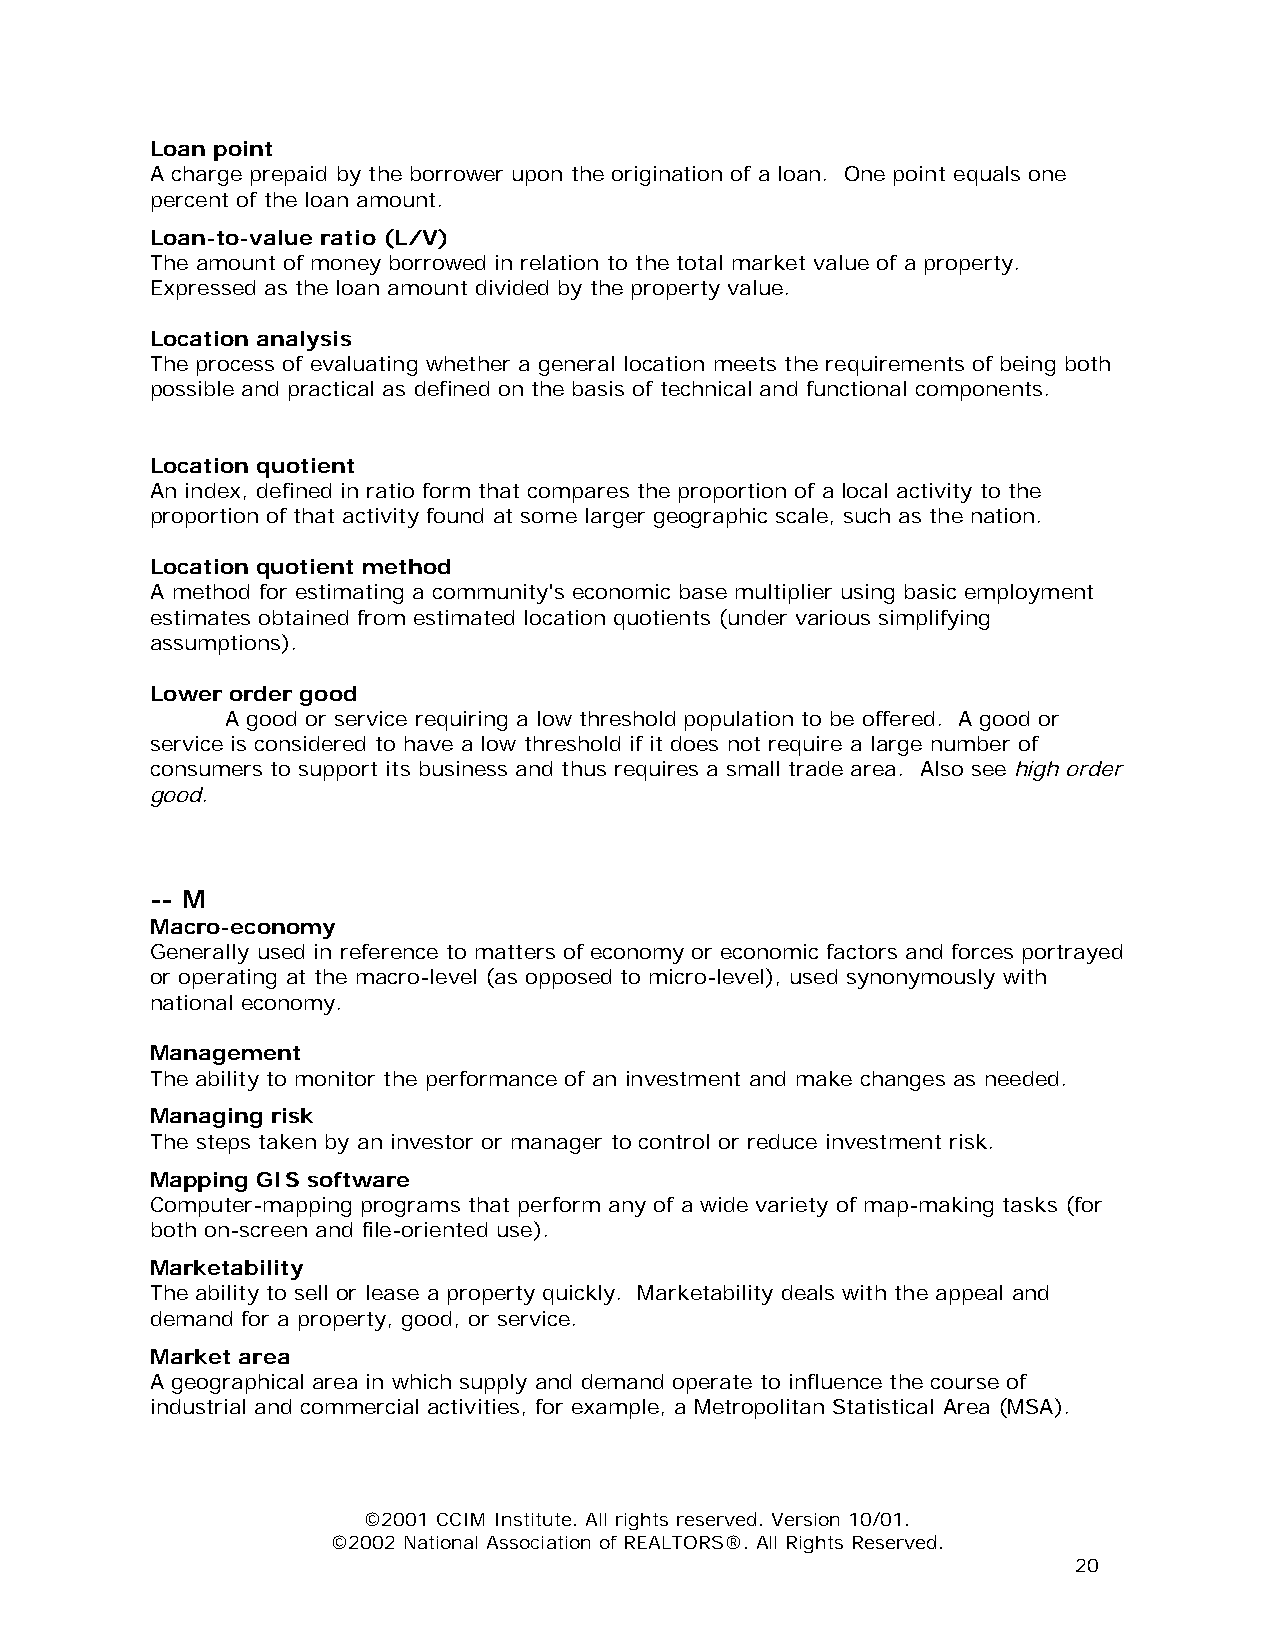
Loan point
 A charge prepaid by the borrower upon the origination of a loan. One point equals one
 percent of the loan amount.
 Loan-to-value ratio (L/V)
 The amount of money borrowed in relation to the total market value of a property.
 Expressed as the loan amount divided by the property value.
 Location analysis
 The process of evaluating whether a general location meets the requirements of being both
 possible and practical as defined on the basis of technical and functional components.
 Location quotient
 An index, defined in ratio form that compares the proportion of a local activity to the
 proportion of that activity found at some larger geographic scale, such as the nation.
 Location quotient method
 A method for estimating a community's economic base multiplier using basic employment
 estimates obtained from estimated location quotients (under various simplifying
 assumptions).
 Lower order good
 A good or service requiring a low threshold population to be offered. A good or
 service is considered to have a low threshold if it does not require a large number of
 consumers to support its business and thus requires a small trade area. Also see high order
 good.
 -- M
 Macro-economy
 Generally used in reference to matters of economy or economic factors and forces portrayed
 or operating at the macro-level (as opposed to micro-level), used synonymously with
 national economy.
 Management
 The ability to monitor the performance of an investment and make changes as needed.
 Managing risk
 The steps taken by an investor or manager to control or reduce investment risk.
 Mapping GIS software
 Computer-mapping programs that perform any of a wide variety of map-making tasks (for
 both on-screen and file-oriented use).
 Marketability
 The ability to sell or lease a property quickly. Marketability deals with the appeal and
 demand for a property, good, or service.
 Market area
 A geographical area in which supply and demand operate to influence the course of
 industrial and commercial activities, for example, a Metropolitan Statistical Area (MSA).
 ©2001 CCIM Institute. All rights reserved. Version 10/01.
 ©2002 National Association of REALTORS®. All Rights Reserved.
 20